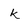
Character: k